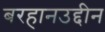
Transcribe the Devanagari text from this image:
बरहानउद्दीन